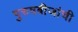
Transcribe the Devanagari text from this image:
पुरुषबीजांची